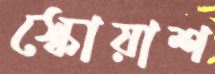
স্কোয়াশ